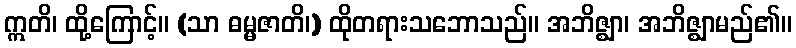
ဣတိ၊ ထို့ကြောင့်။ (သာ ဓမ္မဇာတိ၊) ထိုတရားသဘောသည်။ အဘိဇ္ဈာ၊ အဘိဇ္ဈာမည်၏။